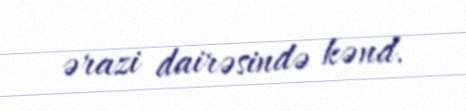
ərazi dairəsində kənd.